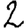
Digit: 2